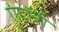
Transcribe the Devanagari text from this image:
एंटॉनी